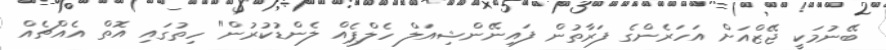
ބޭނުމަކީ ޖޭޒްއަށް އަހަރެންގެ ފަރާތުން ފައިނޭންޝިއަލް ހެލްޕެއް ލެންޑުކުރުން" ހިތުގައި އޮތް އެއްޗެއް